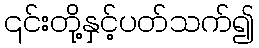
၎င်းတို့နှင့်ပတ်သက်၍